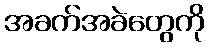
အခက်အခဲတွေကို